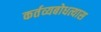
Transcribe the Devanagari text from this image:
कर्तव्यबोधत्यास